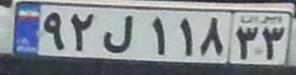
۹۲ل۱۱۸۳۳